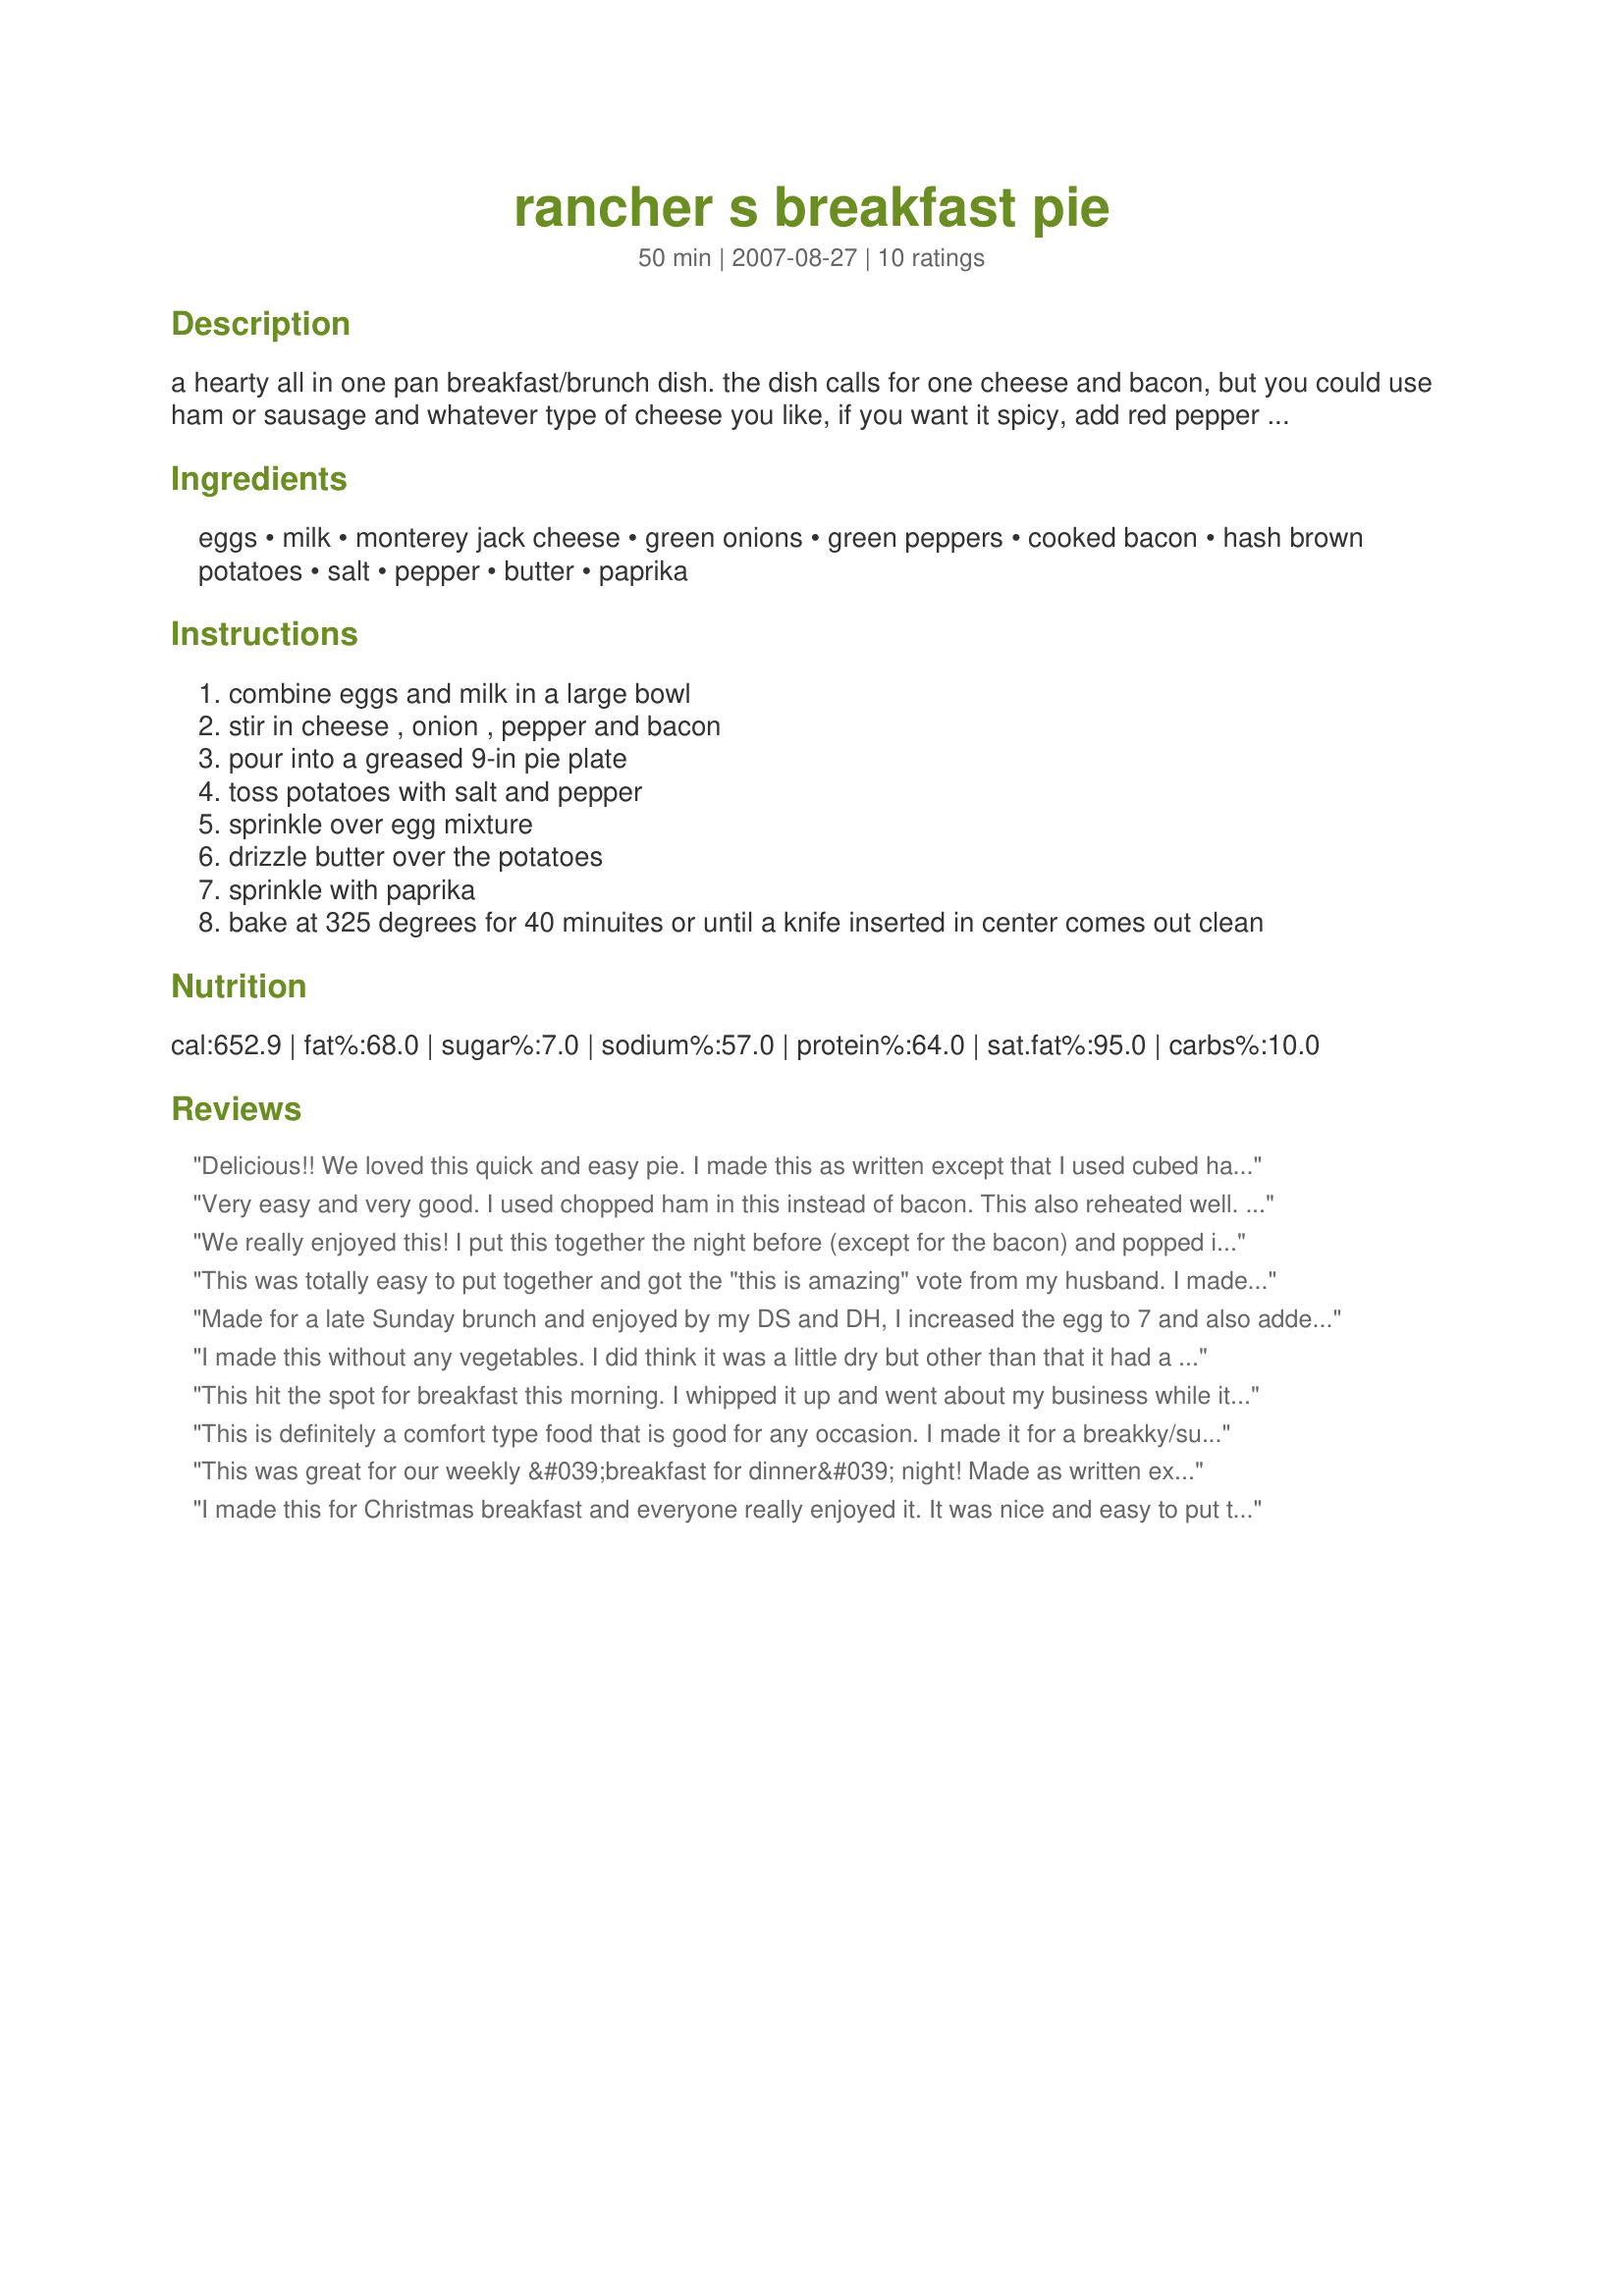
rancher s breakfast pie
Preparation time: 50 minutes

a hearty all in one pan breakfast/brunch dish. the dish calls for one cheese and bacon, but you could use ham or sausage and whatever type of cheese you like, if you want it spicy, add red pepper ect., be creative!! this recipe is from sargento.com.

Ingredients:
eggs, milk, monterey jack cheese, green onions, green peppers, cooked bacon, hash brown potatoes, salt, pepper, butter, paprika

Steps:
combine eggs and milk in a large bowl
stir in cheese , onion , pepper and bacon
pour into a greased 9-in pie plate
toss potatoes with salt and pepper
sprinkle over egg mixture
drizzle butter over the potatoes
sprinkle with paprika
bake at 325 degrees for 40 minuites or until a knife inserted in center comes out clean

Reviews:
Delicious!! We loved this quick and easy pie. I made this as written except that I used cubed ham instead of the bacon. This would be great with a variety of different meat, vegetables, and cheese. My family wolfed this down and gave it 2 big thumbs up! This made 4 good sized servings which I served topped with sour cream and salsa. This will be on our breakfast table frequently. Thank you for sharing and congratulations on your football pool win!
Very easy and very good. I used chopped ham in this instead of bacon. This also reheated well. Thanks for a great recipe.
We really enjoyed this! I put this together the night before (except for the bacon) and popped it in the oven in the morning. Delicious! Great flavor with just the right combination of veggies. I do think that the veggies are a must in this recipe! Thanks diner! I will make this again! Made for Potluck Tag
This was totally easy to put together and got the "this is amazing" vote from my husband. I made it ahead and warmed it up the next morning. Thanks for posting!
Made for a late Sunday brunch and enjoyed by my DS and DH, I increased the egg to 7 and also added in some cayenne pepper, I also added in 1/4 teaspoon baking powder to the egg mixture for more fluffier eggs, used cheddar cheese and seasoned salt, thanks for sharing diner!...Kitten:)
I made this without any vegetables. I did think it was a little dry but other than that it had a good taste. Made for Zaar Stars
This hit the spot for breakfast this morning. I whipped it up and went about my business while it baked. I made a few changes, I added diced carrot and celery. I didn't have a green pepper but I did have red. I also added garlic salt and seasoning salt. Thanks for a great breakfast.
This is definitely a comfort type food that is good for any occasion. I made it for a breakky/supper and it was perfect. I love the versatility of this recipe too. I chose to omit the veggie part and went strictly with just bacon. Afterward I was sorry I didn't add a bit of fried up sausage. I also had leftover mashed potatoes and used those instead of shredded hashbrowns. Included a bit of seasoned salt to the egg mixture and then used fresh ground pepper and seasalt on top of the potatoes after drizzling the butter. Mmmmm-mmmm!~
Made for ZaarStars~
This was great for our weekly &#039;breakfast for dinner&#039; night! Made as written except used frozen hash browns that I left defrost in a colander over the sink. The only criticism my Wisconsin-raised husband had was it could use more cheese...go figure. :) Will add some to the top next time a few minutes before it is ready to come out of the oven. Made for Cookbook Tag.
I made this for Christmas breakfast and everyone really enjoyed it. It was nice and easy to put together. Instead of montery jack cheese I used old cheddar. Thanks for a great recipe.
